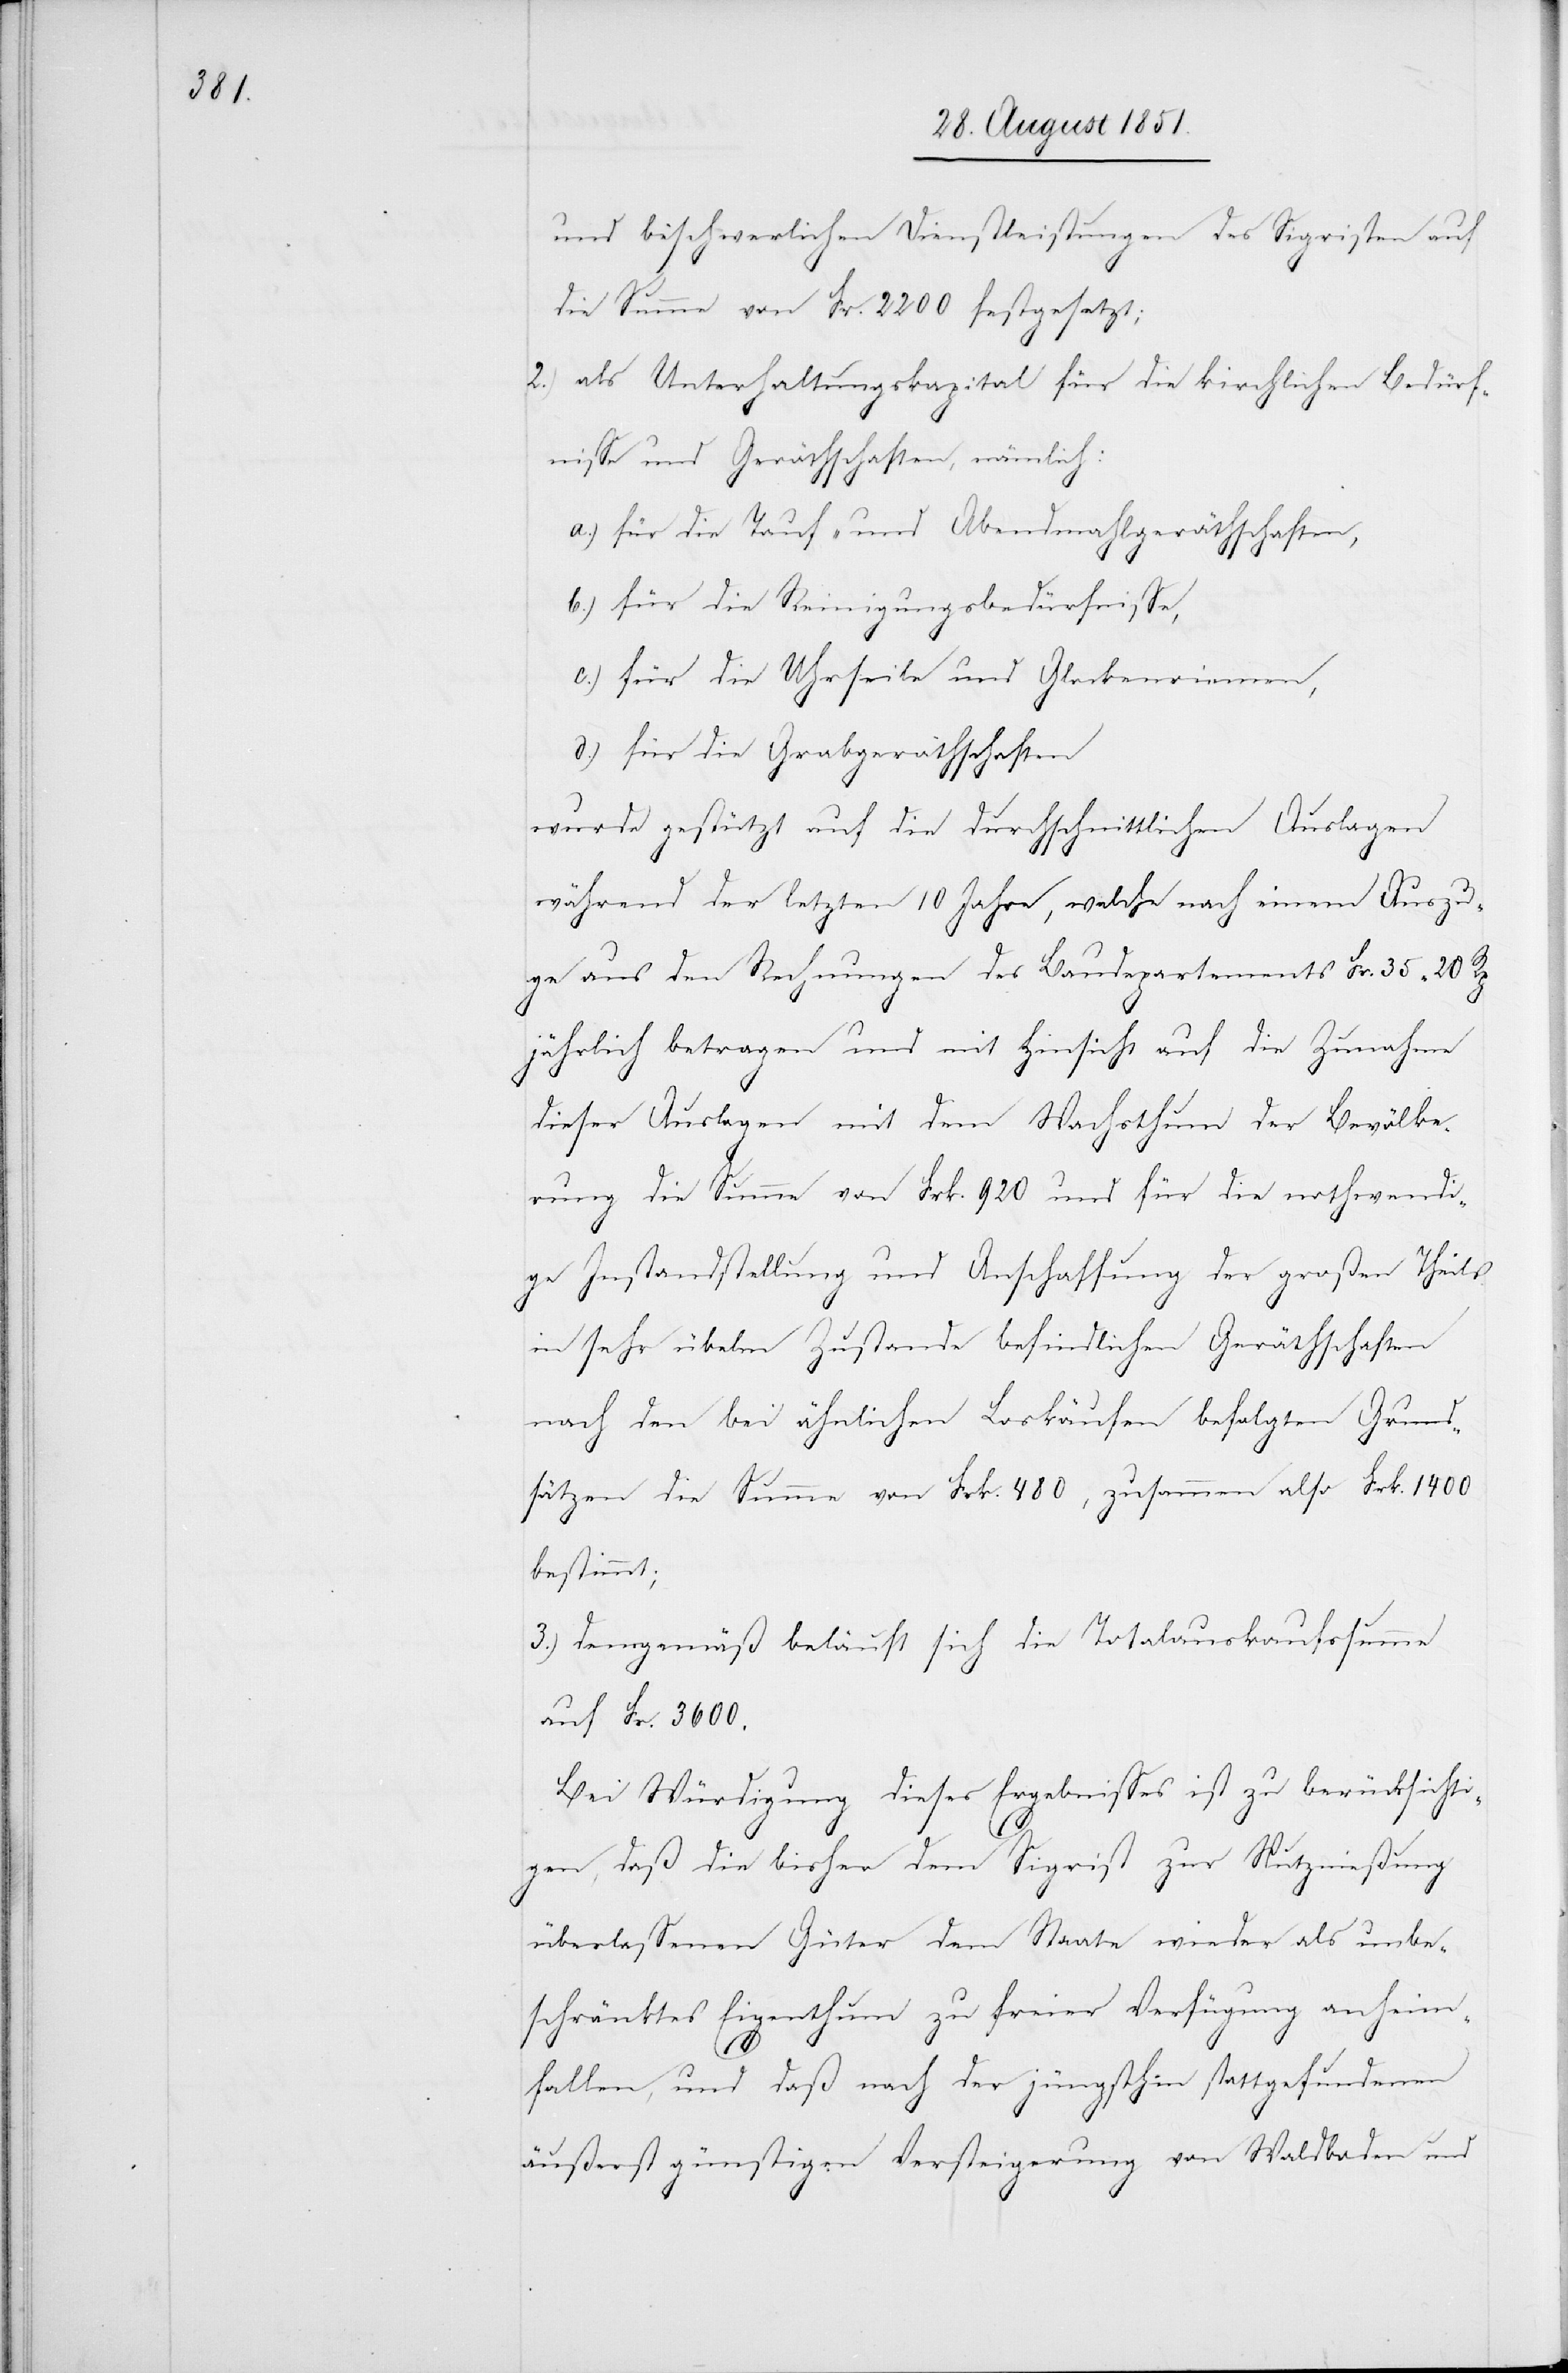
und beschwerlichen Dienstleistungen des Sigristen auf
die Summe von Fr. 2200 festgesetzt;
als Unterhaltungskapital für die kirchlichen Bedürf¬
nisse und Geräthschaften, nämlich:
für die Tauf- und Abendmahlgeräthschaften,
b.)
für die Reinigungsbedürfnisse,
für die Uhrseile und Glockenriemen,
für die Grabgeräthschaften
wurde gestützt auf die durchschnittlichen Auslagen
während der letzten 10 Jahre, welche nach einem Auszu¬
ge aus den Rechnungen des Baudepartements Fr. 35 20 Rp
jährlich betragen und mit Hinsicht auf die Zunahme
dieser Auslagen mit dem Wachsthum der Bevölke¬
rung die Summe von Frk. 920 und für die nothwendi¬
ge Instandstellung und Anschaffung der großen Theils
in sehr übelm Zustande befindlichen Geräthschaften
nach den bei ähnlichen Loskäufen befolgten Grund¬
sätzen die Summe von Frk. 480, zusammen also Frk. 1400
bestimmt;
demgemäß beläuft sich die Totalauskaufssumme
auf Fr. 3600.
Bei Würdigung dieses Ergebnisses ist zu berücksichti¬
3.)
gen, daß die bisher dem Sigrist zur Nutznießung
überlassenen Güter dem Staate wieder als unbe¬
schränktes Eigenthum zu freier Verfügung anheim¬
fallen, und daß nach der jüngsthin stattgefundenen
äußerst günstigen Versteigerung von Waldboden und